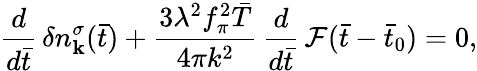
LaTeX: \frac{d}{d\bar{t}}\, \delta n_{\mathbf{k}}^{\sigma}(\bar{t})+\frac{3\lambda^{2}f_{\pi}^{2}\bar{T}}{4\pi k^{2}}\, \frac{d}{d\bar{t}}\, \mathcal{F}(\bar{t}-\bar{t}_{0})=0,